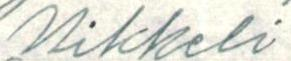
Mikkeli